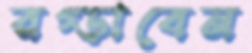
রগ্‌ড়াবেন